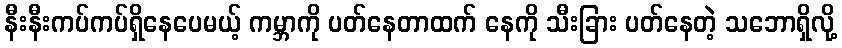
နီးနီးကပ်ကပ်ရှိနေပေမယ့် ကမ္ဘာကို ပတ်နေတာထက် နေကို သီးခြား ပတ်နေတဲ့ သဘောရှိလို့